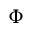
\Phi